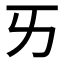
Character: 𠀅